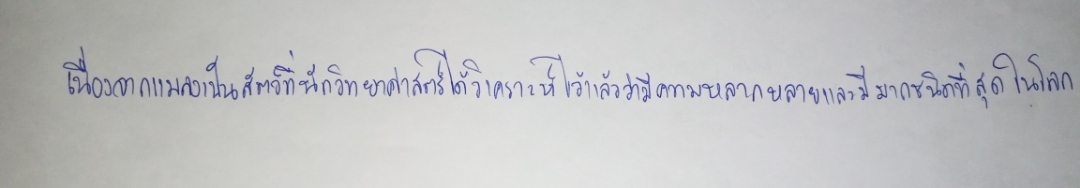
เนื่องจากแมลงเป็นสัตว์ที่นักวิทยาศาสตร์ได้วิเคราะห์ไว้แล้วว่ามีความหลากหลายและมีมากชนิดที่สุดในโลก